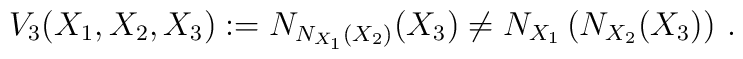
V_3(X_1,X_2,X_3):=N_{N_{X_1}(X_2)}(X_3)\not=N_{X_1}\left(N_{X_2}(X_3)\right)\,.